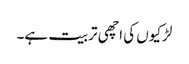
لڑکیوں کی اچھی تربیت ہے۔